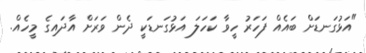
"އަޅުގަނޑަށް ބައެއް ފަހަރު ހީވާ ކަހަލަ އަޅުގަނޑަކީ ދެން ވަރަށް އާދައިގެ މީހެއް.